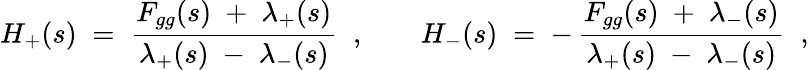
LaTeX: H_{+}(s)\; =\; \frac{F_{gg}(s)\; +\; \lambda_{+}(s)}{\lambda_{+}(s)\; -\; \lambda_{-}(s)}\; \; ,\; \; \; \; \; \; \; H_{-}(s)\; =\; -\, \frac{F_{gg}(s)\; +\; \lambda_{-}(s)}{\lambda_{+}(s)\; -\; \lambda_{-}(s)}\; \; ,